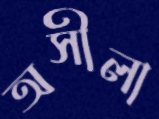
অসীলা